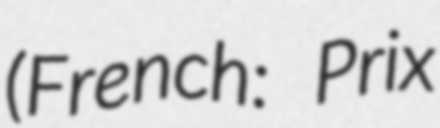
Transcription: (French: Prix